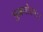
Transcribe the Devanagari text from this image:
भुजगोत्तमः।